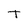
Character: T